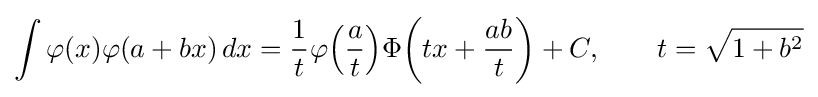
\int \varphi (x)\varphi (a+bx)\,dx={\frac {1}{t}}\varphi {\left({\frac {a}{t}}\right)}\Phi {\left(tx+{\frac {ab}{t}}\right)}+C,\qquad t={\sqrt {1+b^{2}}}